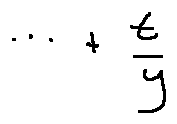
\cdots + \frac { t } { y }